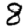
Digit: 8